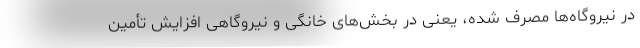
در نیروگاه‌ها مصرف شده، یعنی در بخش‌های خانگی و نیروگاهی افزایش تأمین